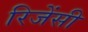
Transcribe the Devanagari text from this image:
रिजेंसी